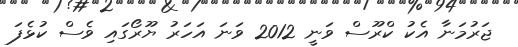
ޖަރުމަނާ އެކު ކްރޫސް ވަނީ 2012 ވަނަ އަހަރު ޔޫރޯގައި ވެސް ކުޅެފަ